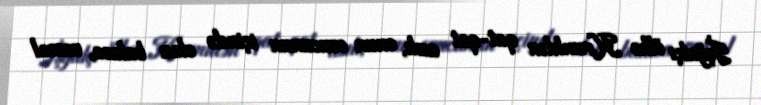
İşğalçı ölkə Kremldən qat-qat asılı, onun ovucunun içində olan balaca, vassal